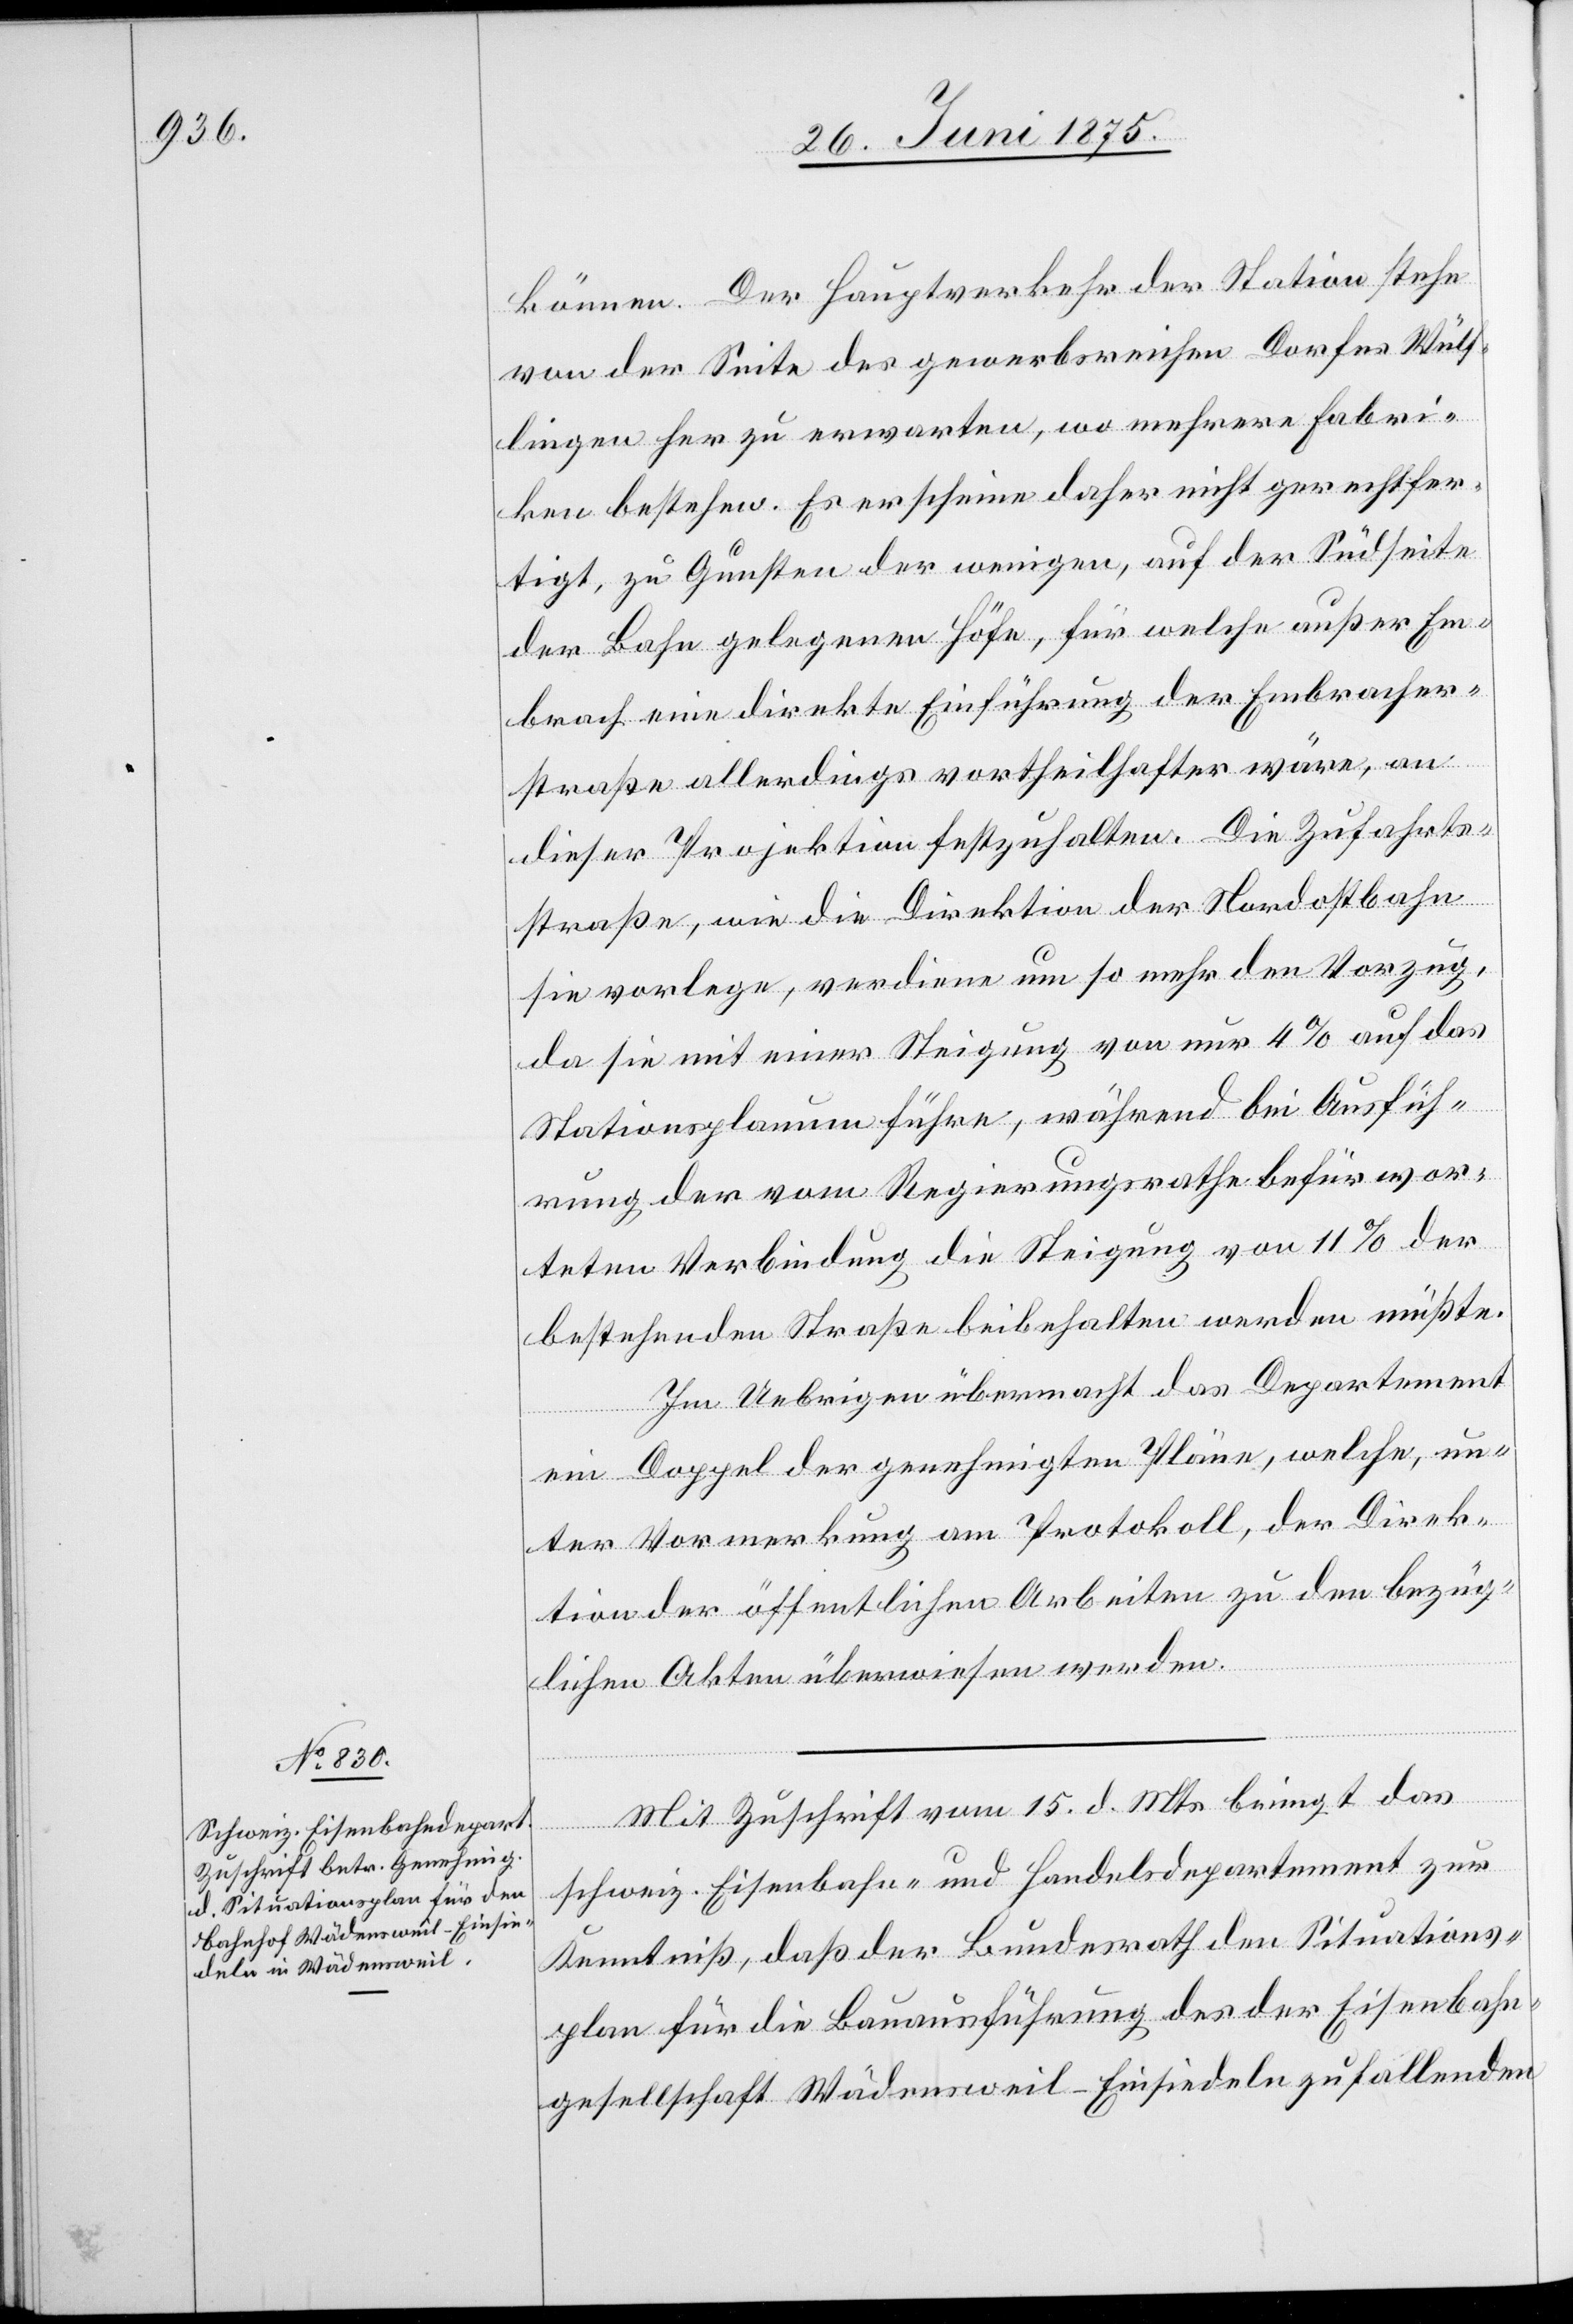
können. Der Hauptverkehr der Station steh¬
e der Seite des gewerbsreichen Dorfes Wülf¬
lingen her zu erwarten, wo mehrere Fabri¬
ken bestehen. Es erscheine daher nicht gerechtfer¬
tigt, zu Gunsten der wenigen, auf der Südseite
der Bahn gelegenen Höfe, für welche außer Em¬
brach eine direkte Einführung der Embracher¬
straße allerdings vortheilhafter wäre, an
dieser Projektion festzuhalten. Die Zufahrts¬
straße, wie die Direktion der Nordostbahn
sie vorlege, verdiene um so mehr den Vorzug,
da sie mit einer Steigung von nur 4% auf das
Stationsplanum führe, während bei Ausfüh¬
rung, der vom Regierungsrathe befürwor¬
teten Verbindung die Steigung von 11% der
bestehenden Straße beibehalten werden müßte.
Im Uebrigen übermacht das Departement
ein Doppel der genehmigten Pläne, welche, un¬
ter Vormerkung am Protokoll, der Direk¬
tion der öffentlichen Arbeiten zu den bezüg¬
lichen Akten überwiesen werden.
Mit Zuschrift vom 15. d. Mts bringt das
schweiz. Eisenbahn- und Handelsdepartement zur
Kenntniß, daß der Bundesrath den Situations¬
plan für die Bauausführung des der Eisenbahn¬
gesellschaft Wädensweil-Einsiedeln zufallenden